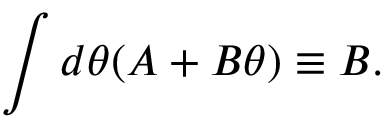
\int d \theta ( A + B \theta ) \equiv B .